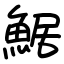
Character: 䱟